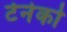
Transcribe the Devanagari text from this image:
टेनेको